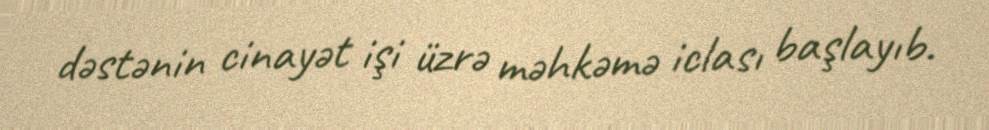
dəstənin cinayət işi üzrə məhkəmə iclası başlayıb.